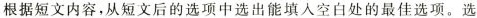
根据短文内容,从短文后的选项中选出能填人空白处的最佳选项.选